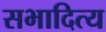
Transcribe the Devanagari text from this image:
सभादित्य